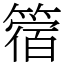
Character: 䈹